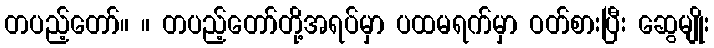
တပည့်တော်။ ။ တပည့်တော်တို့အရပ်မှာ ပထမရက်မှာ ဝတ်စားပြီး ဆွေမျိုး